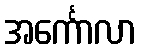
အင်္ကောလာ